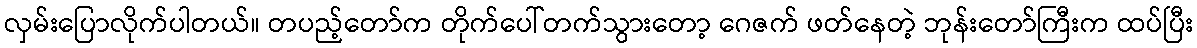
လှမ်းပြောလိုက်ပါတယ်။ တပည့်တော်က တိုက်ပေါ်တက်သွားတော့ ဂေဇက် ဖတ်နေတဲ့ ဘုန်းတော်ကြီးက ထပ်ပြီး